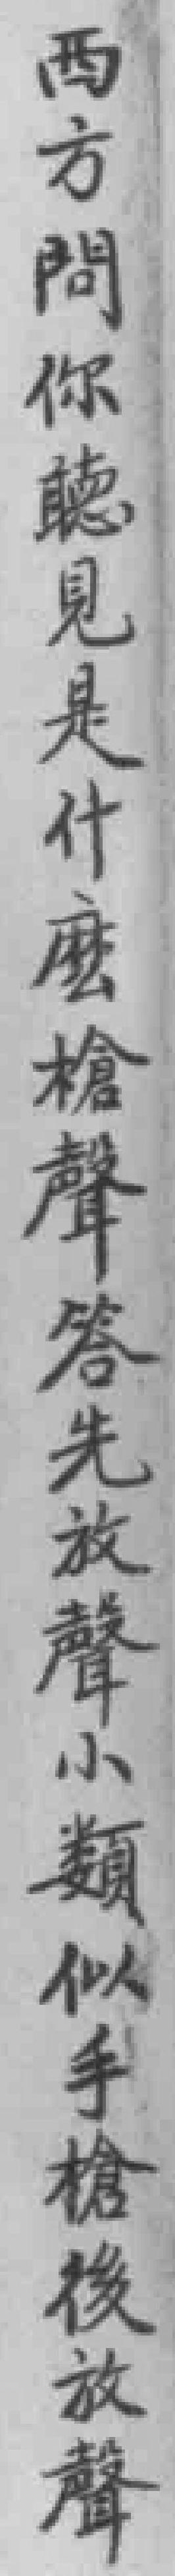
西方問你見是什麽槍聲答先放聲小類似手槍後放聲